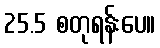
25.5 စတုရန်းပေ။